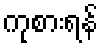
ကုစားရန်